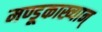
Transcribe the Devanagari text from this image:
मण्डूकाख्यान्